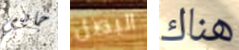
جايني البصل هناك